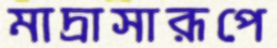
মাদ্রাসারূপে